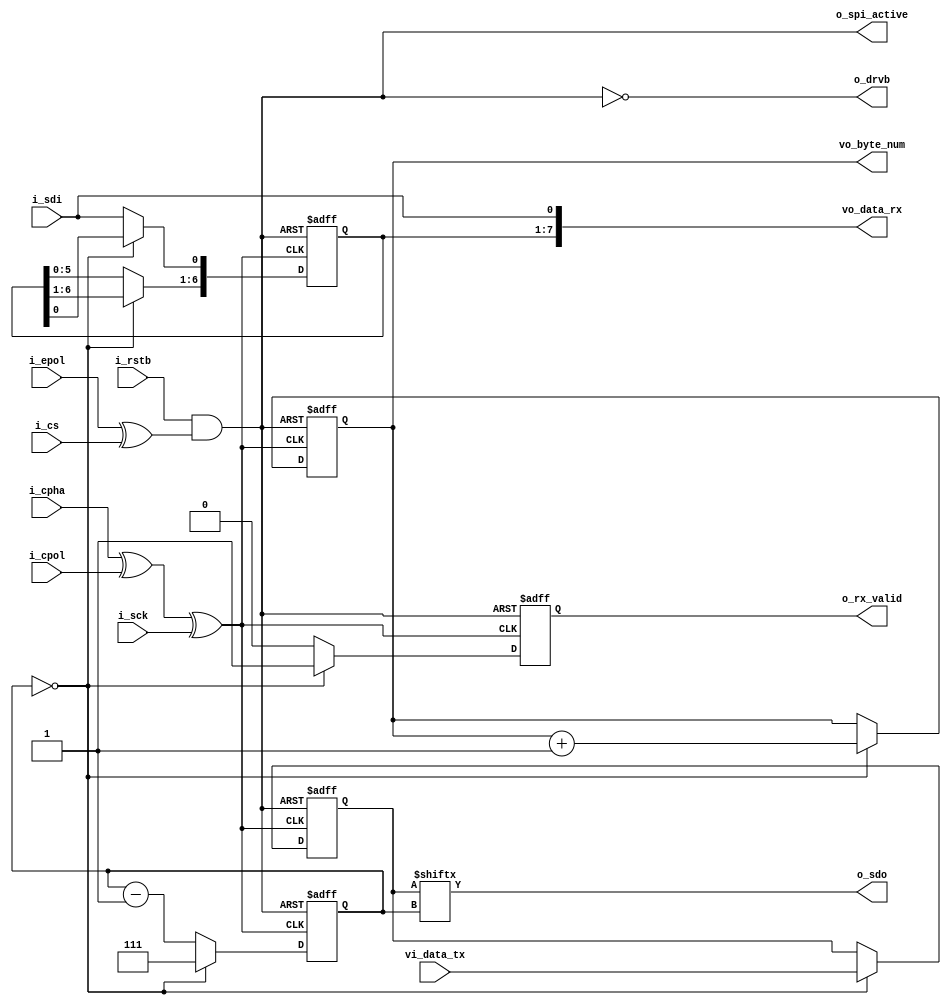
module spi_core (/*AUTOARG*/
   // Outputs
   o_sdo, o_drvb, o_spi_active, o_rx_valid, vo_byte_num, vo_data_rx,
   // Inputs
   i_rstb, i_cs, i_sck, i_sdi, i_epol, i_cpol, i_cpha, vi_data_tx
   );
   parameter BITS_IN_BYTE = 8;
   parameter NBIT_BIT_CTR = 3;
   parameter NBIT_BYTE_CTR = 3;
   
   // Global reset
   input 		      i_rstb;
   // spi wires
   input 		      i_cs; // Chip select
   input 		      i_sck; // SPI clock
   input 		      i_sdi; // SPI data input
   output 		      o_sdo; // SPI data output
   output 		      o_drvb; // Pad tristate driver 		      
   // spi configuration
   input 		      i_epol; // 1 = inverted chip select
   input 		      i_cpol; // SPI mode configuration
   input 		      i_cpha;
   // parallel interface
   output 		      o_spi_active; // High with chip select
   output 		      o_rx_valid; // When high, indicates valid data
   output [NBIT_BYTE_CTR-1:0] vo_byte_num; // Indicates number of bytes rx'd
   input [BITS_IN_BYTE-1:0]   vi_data_tx; // Data to be transmitted
   output [BITS_IN_BYTE-1:0]  vo_data_rx; // Data received
   // Registered outputs
   reg 			      o_rx_valid;
   reg [NBIT_BYTE_CTR-1:0]    vo_byte_num;

   /*
    * Generate an active high chip select (regardless of configuration)
    * sck_core is the scan clock which always latches in data on the rising
    * edge, and cycles it out on the falling edge. When cpha=1, it is shifted
    * by half a period.
    */
   wire 		      chip_select; 
   wire 		      sck_core; 
   assign chip_select = i_rstb && (i_epol ^ i_cs);
   assign o_spi_active = chip_select;
   assign sck_core = i_cpha ^ i_cpol ^ i_sck;
   // Bring pad driver low when chip select is enabled
   assign o_drvb = !chip_select;
   /*
    * TX shift register and state machine. The inactive edge of the sck_core
    * cycles the data output, and also changes the bit and byte counters.
    * 
    * Data is only shifted out AFTER the first byte is received. As an SPI
    * slave, it is not expected to send anything out during the first byte
    * 
    * Byte counter is also incremented here to be aligned with the bit counter
    */
   reg [BITS_IN_BYTE-1:0]     rv_tx;
   reg [NBIT_BIT_CTR-1:0]     rv_tx_ptr;
   always @( negedge sck_core or negedge chip_select ) begin : tx_fsm
      if ( !chip_select ) begin
	 // Set data pointer to the MSB of the shift reg
	 rv_tx_ptr <= $unsigned(BITS_IN_BYTE - 1);
	 // Reset the byte counter
	 vo_byte_num <= 0;
	 // Reset the data in the shift register
	 rv_tx <= 0;
      end else begin
	 // If the bit counter has reached 0, load in a new byte
	 if ( 0 == rv_tx_ptr ) begin
	    rv_tx <= vi_data_tx;
	    rv_tx_ptr <= $unsigned(BITS_IN_BYTE - 1);
	    vo_byte_num <= vo_byte_num + 1;
	 end else begin
	    rv_tx_ptr <= rv_tx_ptr - 1;
	 end
      end // else: !if( !chip_select )
   end // block: tx_fsm
   // Point the output data to the correct bit in the tx_reg (not true shift)
   assign o_sdo = rv_tx[rv_tx_ptr];
   /*
    * RX shift register state machine
    * The shift register to receive data has one fewer bit than the actual
    * data length since the LSB points directly to the i_sdi pin.
    * 
    * The rx_valid flag is triggered on the last rising edge of sck_core
    * within each byte. It is assumed the data at vo_data_rx will be latched
    * by listening blocks on this edge.
    */
   reg [BITS_IN_BYTE-2:0]     rv_rx;
   always @( posedge sck_core or negedge chip_select ) begin : rx_fsm
      if ( !chip_select ) begin
	 // Clear RX register
	 rv_rx <= 0;
         // Clear valid bit
         o_rx_valid <= 0;
      end else begin
	 // If this is the last bit, do not shift rx data, raise valid flag
	 if ( 0 == rv_tx_ptr ) begin
	    o_rx_valid <= 1;   
	 end else begin
	    // RX is not valid
	    o_rx_valid <= 0;
            // Begin clocking in data, MSB first
	    rv_rx[BITS_IN_BYTE-2:1] <= rv_rx[BITS_IN_BYTE-3:0];
	    rv_rx[0] <= i_sdi;
	 end // else: !if( 0 == rv_bit_ctr )
      end // else: !if( !chip_select )
   end // block: rx_fsm
   assign vo_data_rx = {rv_rx,i_sdi};
endmodule